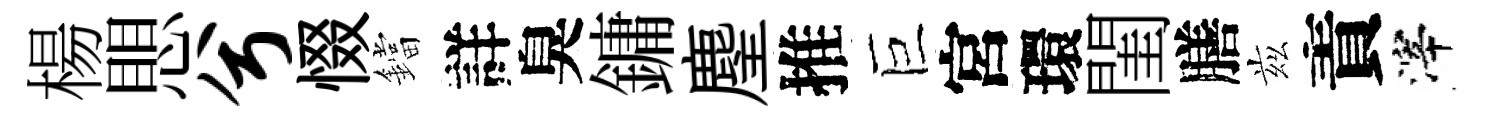
楊愳兮惙鐺詳臭鏞麈推巨宮環閨膳兹責滓